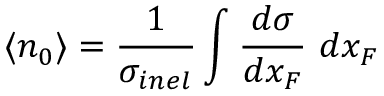
\langle n _ { 0 } \rangle = \frac { 1 } { \sigma _ { i n e l } } \int { \frac { d \sigma } { d x _ { F } } \ d x _ { F } }